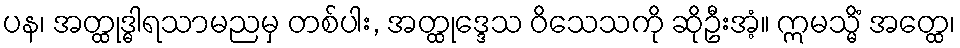
ပန၊ အတ္ထုဒ္ဓါရသာမညမှ တစ်ပါး, အတ္ထုဒ္ဒေသ ဝိသေသကို ဆိုဦးအံ့။ ဣမသ္မိံ အတ္ထေ၊